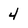
Character: 4